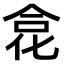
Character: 𠉼